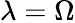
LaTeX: \lambda=\Omega